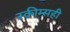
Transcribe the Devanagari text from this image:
स्कीम्सही